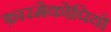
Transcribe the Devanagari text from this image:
फ़ारमेकोपियो